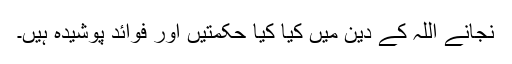
نجانے اللہ کے دین میں کیا کیا حکمتیں اور فوائد پوشیدہ ہیں۔